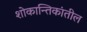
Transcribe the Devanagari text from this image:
शोकान्तिकांतील